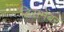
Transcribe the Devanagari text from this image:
डिसमेंबर